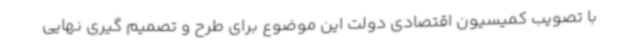
با تصویب کمیسیون اقتصادی دولت این موضوع برای طرح و تصمیم گیری نهایی